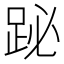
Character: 䟤